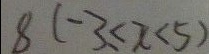
8 ( - 3 \leq x < 5 )